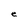
Character: e